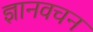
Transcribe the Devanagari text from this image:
ज्ञानवचन